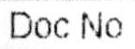
DOC NO.